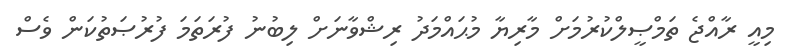
މިއީ ރާއްޖެ ތަމްޞީލްކުރުމަށް މާރިޔާ މުޙައްމަދު ރިޝްވާނަށް ލިބުނު ފުރަތަމަ ފުރުޞަތުކަން ވެސް